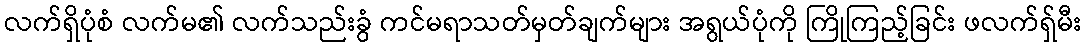
လက်ရှိပုံစံ လက်မ၏ လက်သည်းခွံ ကင်မရာသတ်မှတ်ချက်များ အရွယ်ပုံကို ကြိုကြည့်ခြင်း ဖလက်ရှ်မီး